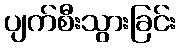
ပျက်စီးသွားခြင်း